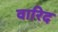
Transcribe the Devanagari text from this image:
वारिद